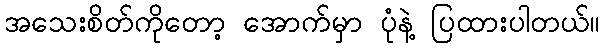
အသေးစိတ်ကိုတော့ အောက်မှာ ပုံနဲ့ ပြထားပါတယ်။